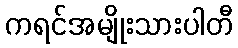
ကရင်အမျိုးသားပါတီ